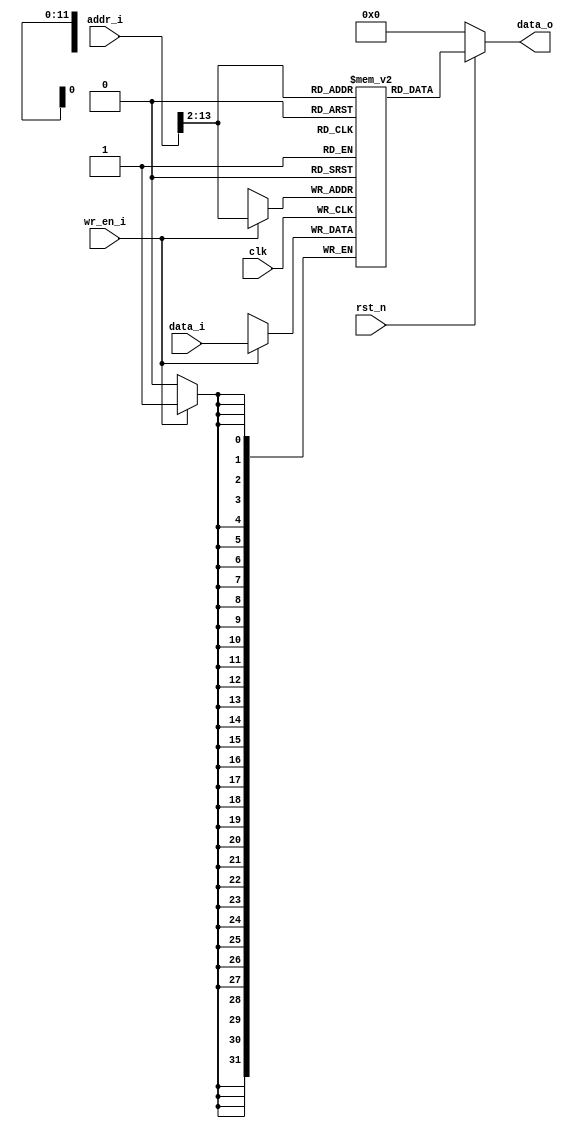
module rom(
input clk,
input rst_n,
input wr_en_i,
input [31:0] addr_i,
input [31:0] data_i,
output reg [31:0] data_o
); //store the program

reg [31:0] rom[0:4095];  // not enough for 32 bits

always@(posedge clk) begin
	if(wr_en_i == 1) begin
		rom[addr_i[31:2]] <= data_i;   //  only check words
	end
end  // only write program at the start

always@(*) begin
	if (rst_n == 0) begin
		data_o = 0;
	end else begin
		data_o = rom[addr_i[31:2]];
	end
end
endmodule